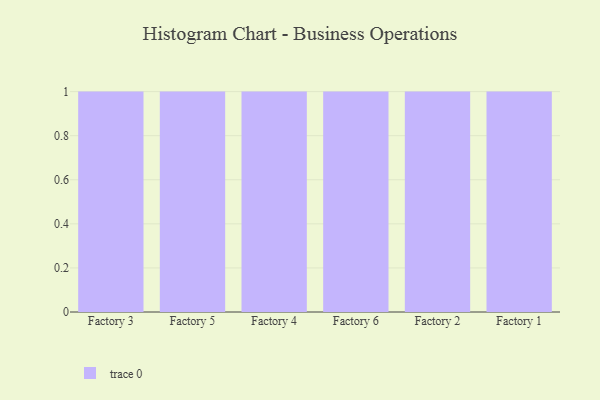
{"axis": {"x": "Factory", "y": "Page Views"}, "legend": [""], "data": [{"x": "Factory 3", "y": 62, "type": ""}, {"x": "Factory 5", "y": 71, "type": ""}, {"x": "Factory 4", "y": 29, "type": ""}, {"x": "Factory 6", "y": 5, "type": ""}, {"x": "Factory 2", "y": 40, "type": ""}, {"x": "Factory 1", "y": 38, "type": ""}]}